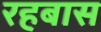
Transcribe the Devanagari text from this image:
रहबास